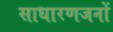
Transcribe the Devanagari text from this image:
साधारणजनों